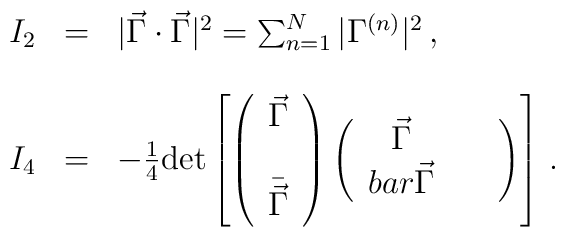
\begin{array}{rcl}I_{2} & = & |\vec{\Gamma}\cdot\vec{\Gamma}|^{2} =\sum_{n=1}^{N}|\Gamma^{(n)}|^{2}\, ,\\& & \\I_{4} & = & -\frac{1}{4}{\rm det}\left[\left(\begin{array}{c}\vec{\Gamma}\\\\\bar{\vec{\Gamma}}\\\end{array}\right)\left(\begin{array}{cc}\vec{\Gamma}& \ \ \\bar{\vec{\Gamma}}\\\end{array}\right)\right]\, .\end{array}